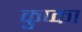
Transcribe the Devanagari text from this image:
कुप्का